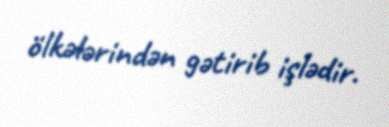
ölkələrindən gətirib işlədir.